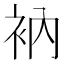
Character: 衲